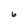
Character: 6